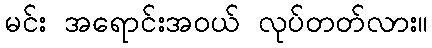
မင်း အရောင်းအဝယ် လုပ်တတ်လား။